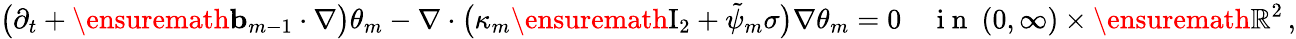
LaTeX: \bigl(\partial_{t}+\ensuremath{\mathbf{b}}_{m-1}\cdot\nabla\bigr)\theta_{m}-\nabla\cdot\bigl(\kappa_{m}\ensuremath{\mathrm{I}_{2}}+\tilde{\psi}_{m}\sigma\bigr)\nabla\theta_{m}=0\quad\mathrm{~i~n~}\ (0,\infty)\times\ensuremath{\mathbb{R}}^{2}\, ,